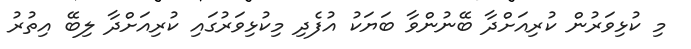
މި ކުޅިވަރުން ކުރިއަށްދާ ބޭނުންވާ ބަޔަކު އުފެދި މިކުޅިވަރުގައި ކުރިއަށްދާ ލިބޭ އިތުރު